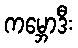
ကမ္ဘောဒီး